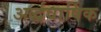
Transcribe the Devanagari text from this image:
अर्द्धवार्षिक